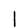
Digit: 1